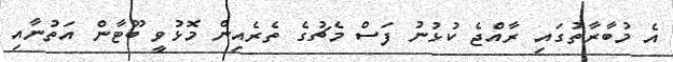
އެ މުބާރާތުގައި ރާއްޖެ ކުޅުނު ފަސް މެޗުގެ ތެރެއިން މޮޅުވީ ބޫޓާން އަތުނާއި